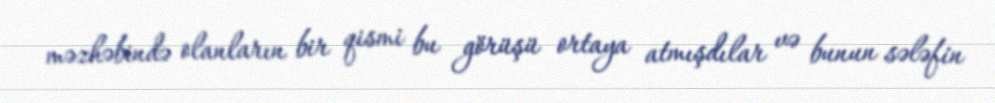
məzhəbində olanların bir qismi bu görüşü ortaya atmışdılar və bunun sələfin